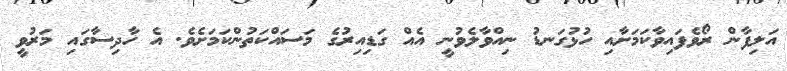
އަލިފާން ރޯވެފައިވާކަމަށާއި ހުޅުގަނޑު ނިއްވާލެވުނީ އެއް ގަޑިއިރުގެ މަސައްކަތުންކަމަށެވެ. އެ ހާދިސާގައި މަރުވީ